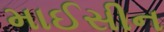
માઈસીન